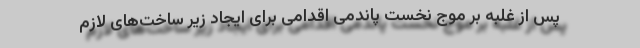
پس از غلبه بر موج نخست پاندمی اقدامی برای ایجاد زیر ساخت‌های لازم